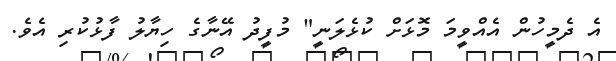
އެ ދެމީހުން އެއްވީމަ މޮޅަށް ކުޅެލަނީ" މުފީދު އޭނާގެ ހިޔާލު ފާޅުކުރި އެވެ.